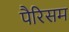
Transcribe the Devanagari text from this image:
पैरिसम